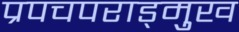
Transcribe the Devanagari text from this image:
प्रपचपराड्म़ुख